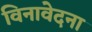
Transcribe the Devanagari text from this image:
विनावेदना